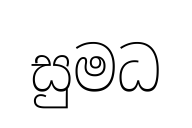
සුමධ